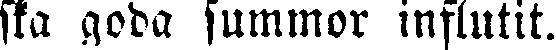
ska goda summor influtit.